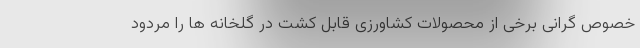
خصوص گرانی برخی از محصولات کشاورزی قابل کشت در گلخانه ها را مردود